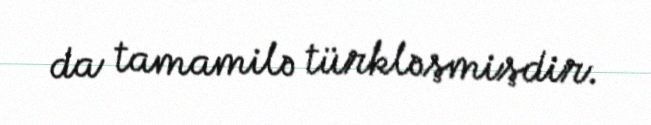
da tamamilə türkləşmişdir.